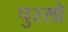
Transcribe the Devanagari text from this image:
पुस्सो